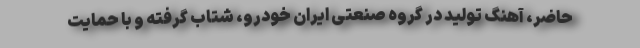
حاضر، آهنگ تولید در گروه صنعتی ایران خودرو، شتاب گرفته و با حمایت